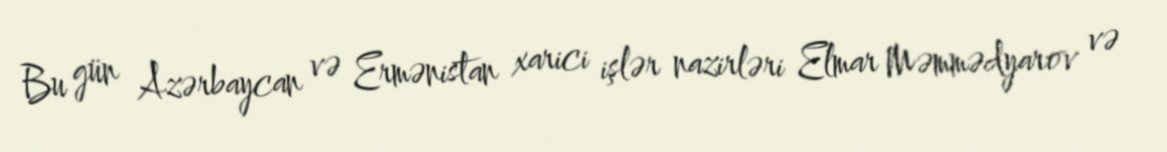
Bu gün Azərbaycan və Ermənistan xarici işlər nazirləri Elmar Məmmədyarov və